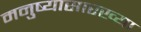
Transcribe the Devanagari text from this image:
मनुष्यासारख्या